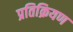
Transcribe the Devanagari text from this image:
प्रतिक्रियण